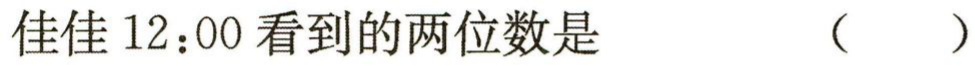
佳佳$12:00$看到的两位数是  （  ）